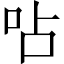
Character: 呫